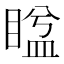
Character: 𥈕